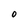
Character: o